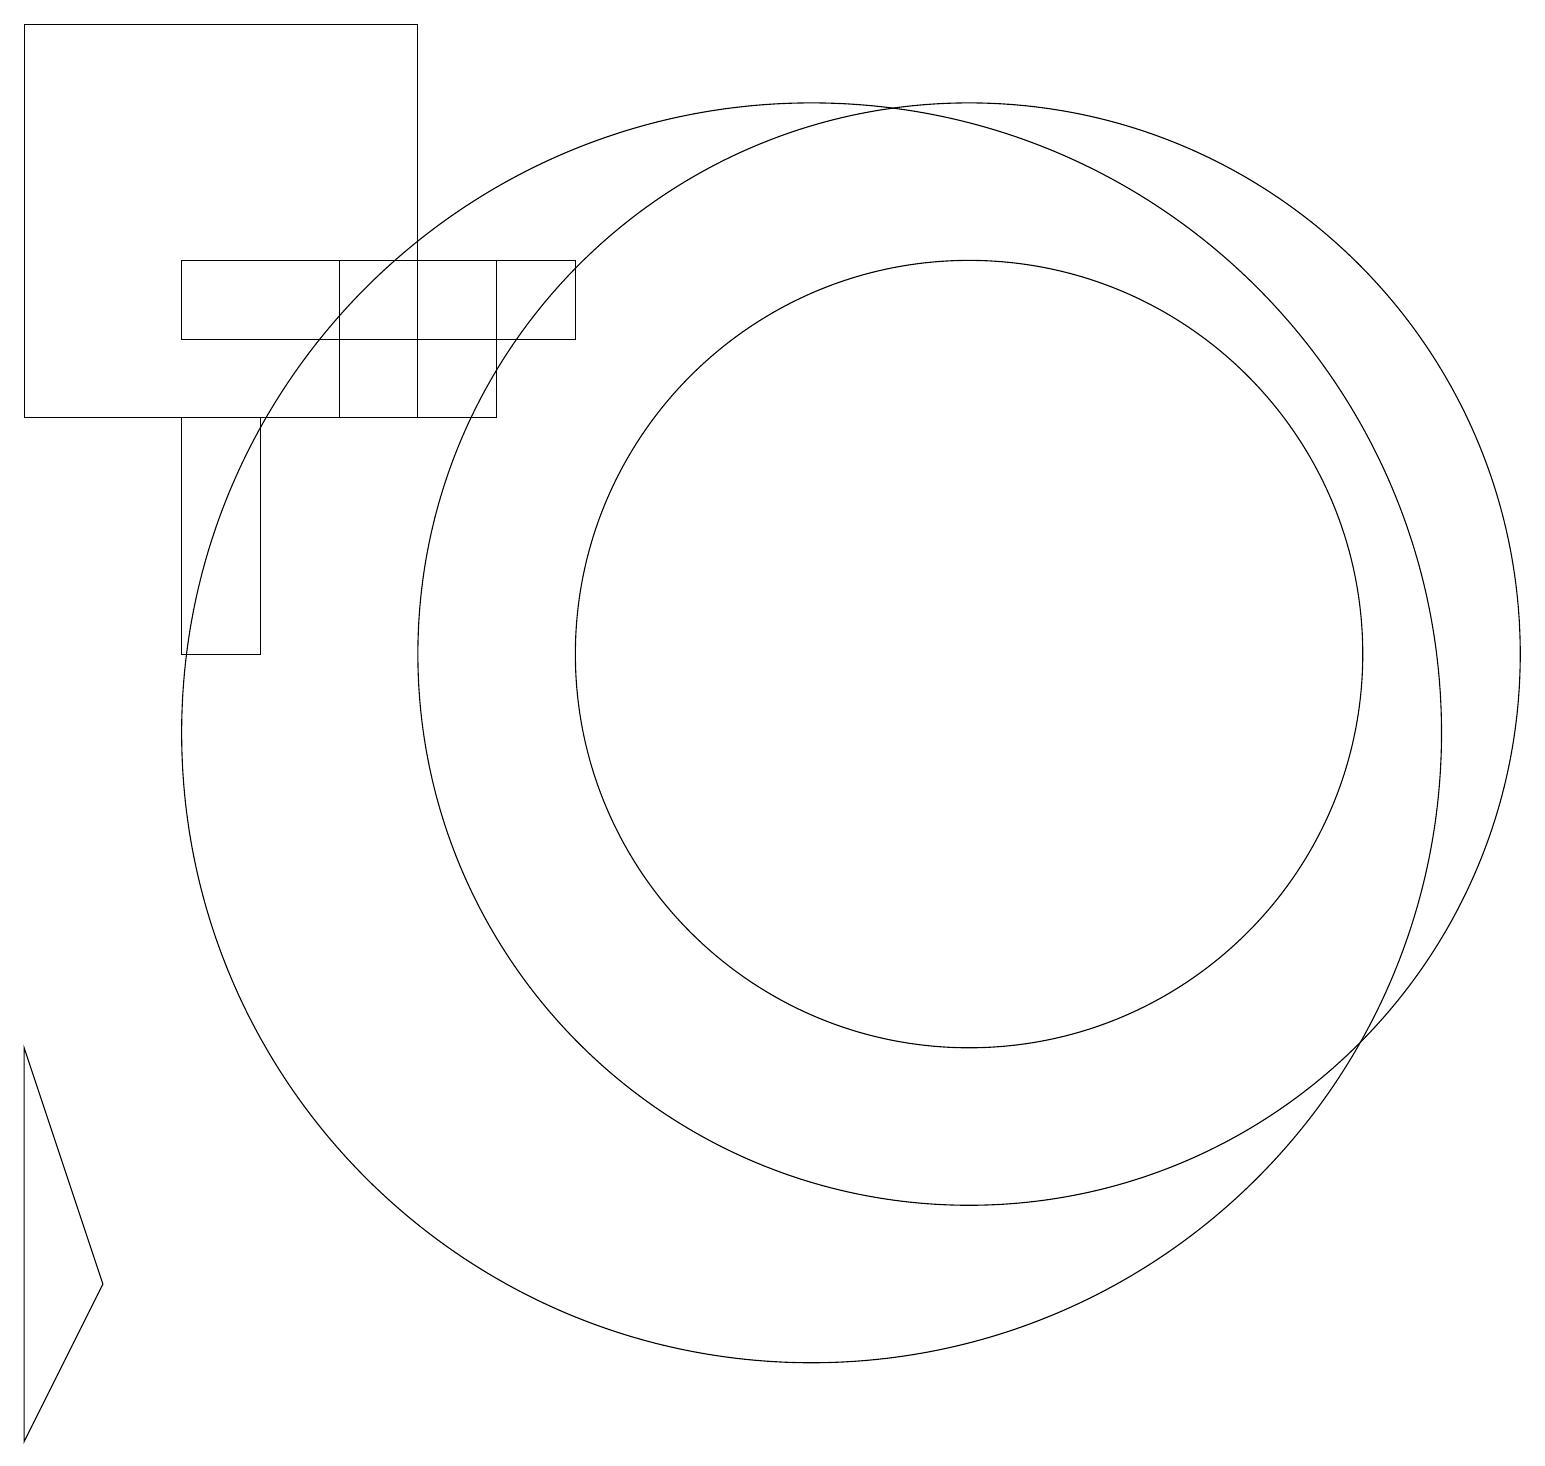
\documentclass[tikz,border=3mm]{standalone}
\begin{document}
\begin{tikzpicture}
\draw (2,16) rectangle (7,15);
\draw (12,11) circle (5);
\draw (5,19) rectangle (0,14);
\draw (3,11) rectangle (2,14);
\draw (12,11) circle (7);
\draw (1,3) -- (0,1) -- (0,6) -- cycle;
\draw (10,10) circle (8);
\draw (6,16) rectangle (4,14);
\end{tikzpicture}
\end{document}